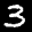
Label: 3